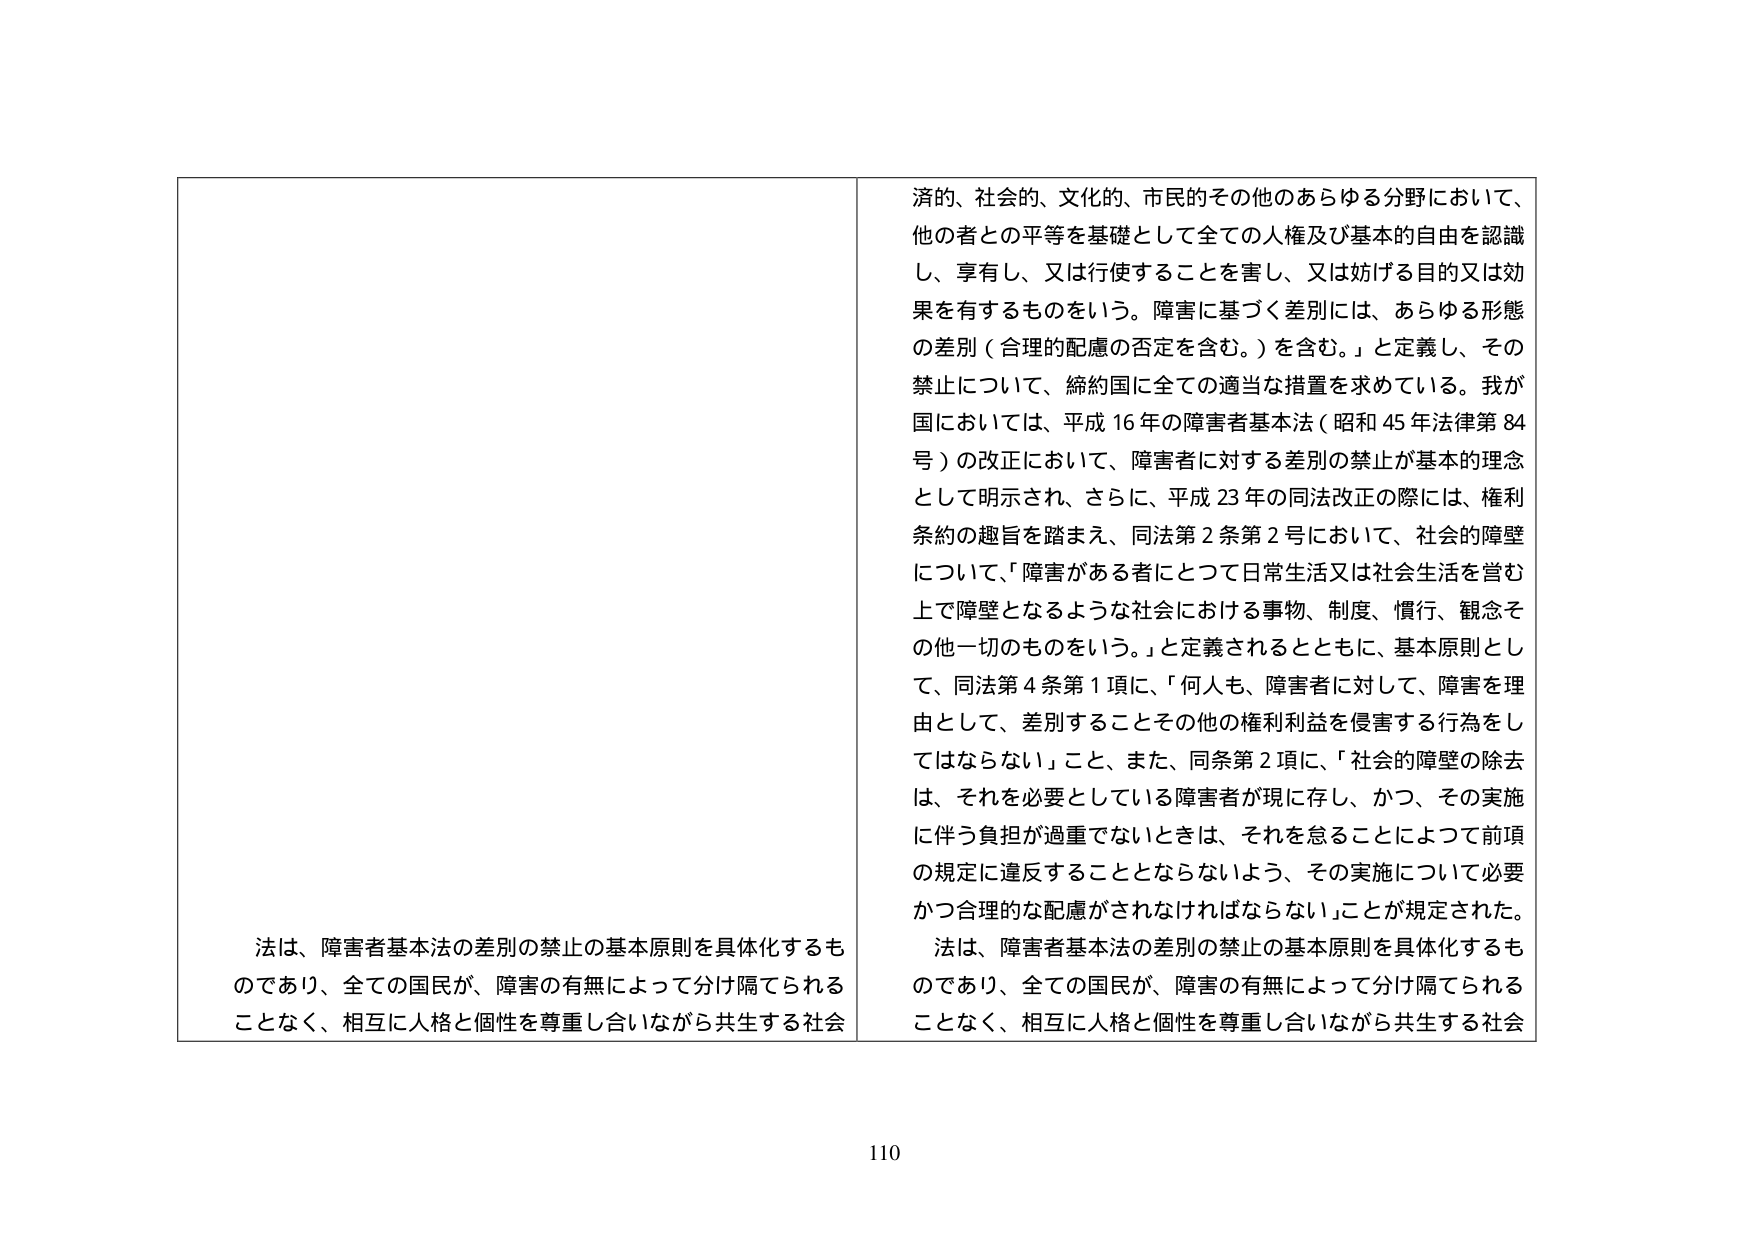
済的、社会的、文化的、市民的その他のあらゆる分野において、
他の者との平等を基礎として全ての人権及び基本的自由を認識
し、享有し、又は行使することを害し、又は妨げる目的又は効
果を有するものをいう。障害に基づく差別には、あらゆる形態
の差別（合理的配慮の否定を含む。）を含む。」と定義し、その
禁止について、締約国に全ての適当な措置を求めている。我が
国においては、平成16年の障害者基本法（昭和45年法律第84
号）の改正において、障害者に対する差別の禁止が基本的理念
として明示され、さらに、平成23年の同法改正の際には、権利
条約の趣旨を踏まえ、同法第2条第2号において、社会的障壁
について、「障害がある者にとって日常生活又は社会生活を営む
上で障壁となるような社会における事物、制度、慣行、観念そ
の他一切のものをいう。」と定義されるとともに、基本原則とし
て、同法第4条第1項に、「何人も、障害者に対して、障害を理
由として、差別することその他の権利利益を侵害する行為をし
てはならない」こと、また、同条第2項に、「社会的障壁の除去
は、それを必要としている障害者が現に存し、かつ、その実施
に伴う負担が過重でないときは、それを怠ることによって前項
の規定に違反することとならないよう、その実施について必要
かつ合理的な配慮がされなければならない」ことが規定された。
法は、障害者基本法の差別の禁止の基本原則を具体化するも
のであり、全ての国民が、障害の有無によって分け隔てられる
ことなく、相互に人格と個性を尊重し合いながら共生する社会

法は、障害者基本法の差別の禁止の基本原則を具体化するも
のであり、全ての国民が、障害の有無によって分け隔てられる
ことなく、相互に人格と個性を尊重し合いながら共生する社会

110